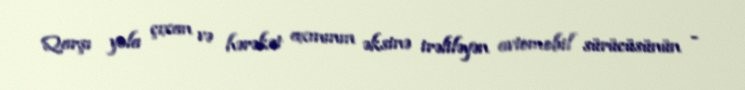
Qarşı yola çıxan və hərəkət axınının əksinə irəliləyən avtomobil sürücüsünün -